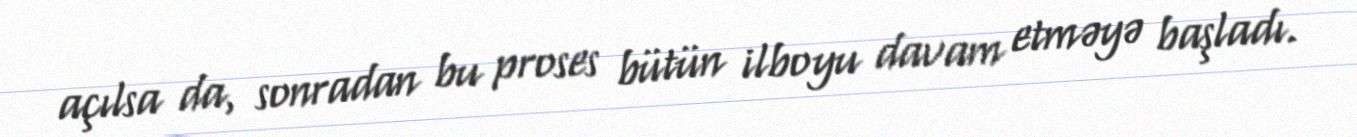
açılsa da, sonradan bu proses bütün ilboyu davam etməyə başladı.